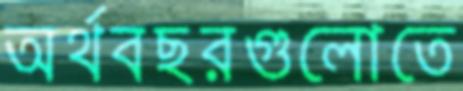
অর্থবছরগুলোতে